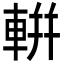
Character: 輧